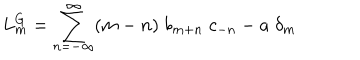
LaTeX: L _ { m } ^ { G } = \sum _ { n = - \infty } ^ { \infty } ( m - n ) \; b _ { m + n } \; c _ { - n } - a \; \delta _ { m }